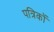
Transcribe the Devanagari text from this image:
पत्रिकों